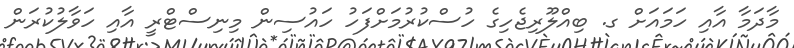
މާދަމާ އާއި ހަމައަށް ގ. ބިއްލޫރިޖެހިގެ ހުސްކުރުމަށްފަހު ހައުސިން މިނިސްޓްރީ އާއި ހަވާލުކުރަން